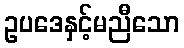
ဥပဒေနှင့်မညီသော